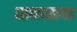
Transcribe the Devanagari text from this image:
लमखागा